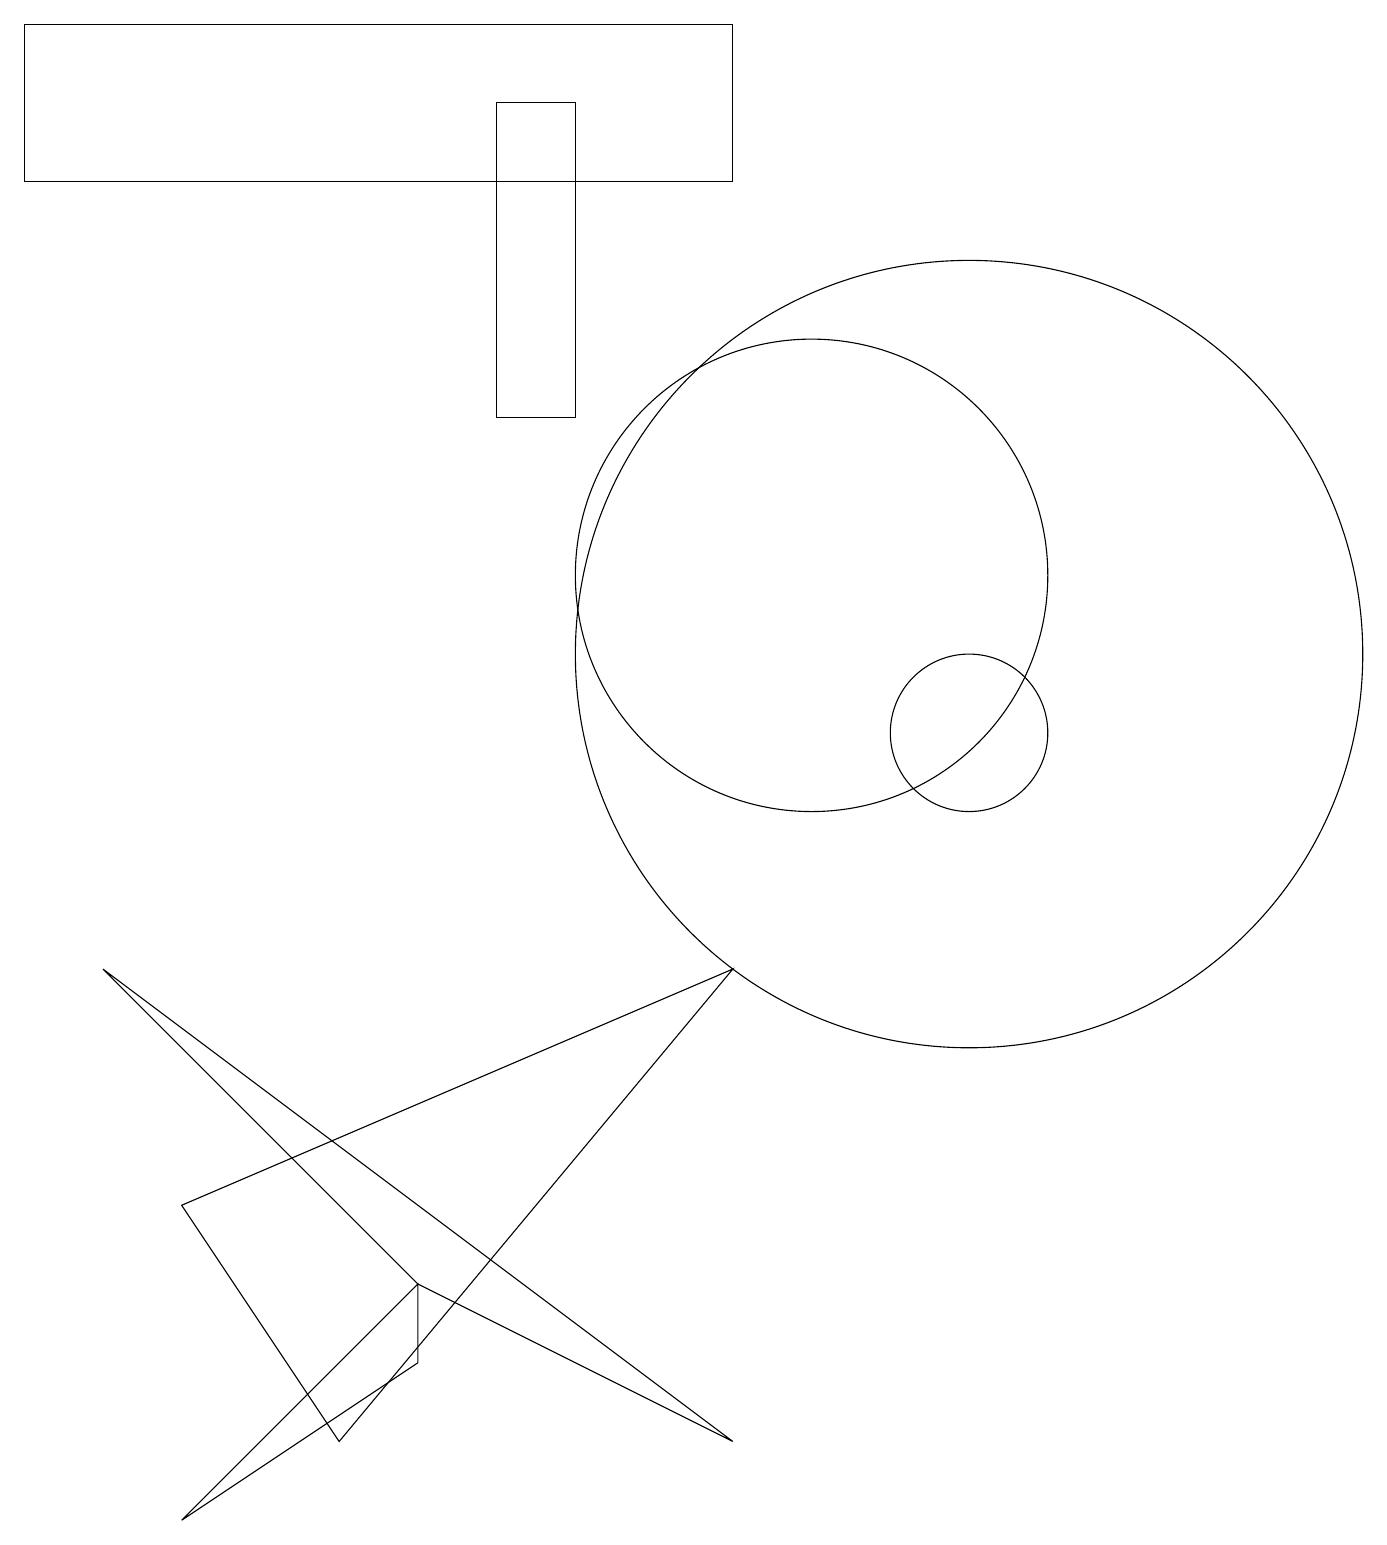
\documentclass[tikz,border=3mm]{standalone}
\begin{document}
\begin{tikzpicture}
\draw (7,18) rectangle (6,14);
\draw (12,10) circle (1);
\draw (12,11) circle (5);
\draw (5,3) -- (2,0) -- (5,2) -- cycle;
\draw (9,7) -- (4,1) -- (2,4) -- cycle;
\draw (5,3) -- (1,7) -- (9,1) -- cycle;
\draw (10,12) circle (3);
\draw (9,19) rectangle (0,17);
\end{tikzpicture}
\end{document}